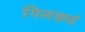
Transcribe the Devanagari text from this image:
गिलफ़र्ड